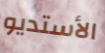
الأستديو